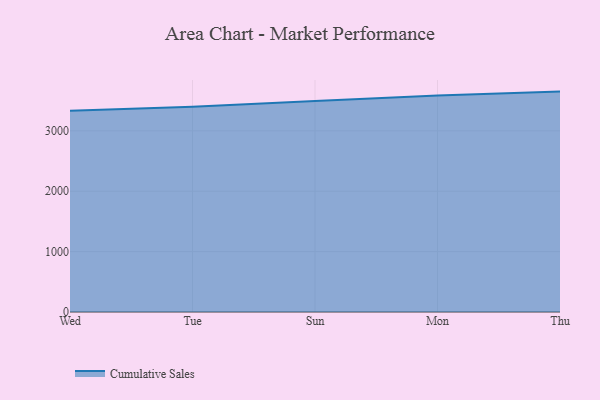
{"axis": {"x": "Day", "y": "Market Share (%)"}, "legend": ["Cumulative Sales"], "data": [{"x": "Wed", "y": 3332.7, "type": "Cumulative Sales"}, {"x": "Tue", "y": 3399.4, "type": "Cumulative Sales"}, {"x": "Sun", "y": 3493.1, "type": "Cumulative Sales"}, {"x": "Mon", "y": 3583.3, "type": "Cumulative Sales"}, {"x": "Thu", "y": 3649.8, "type": "Cumulative Sales"}]}